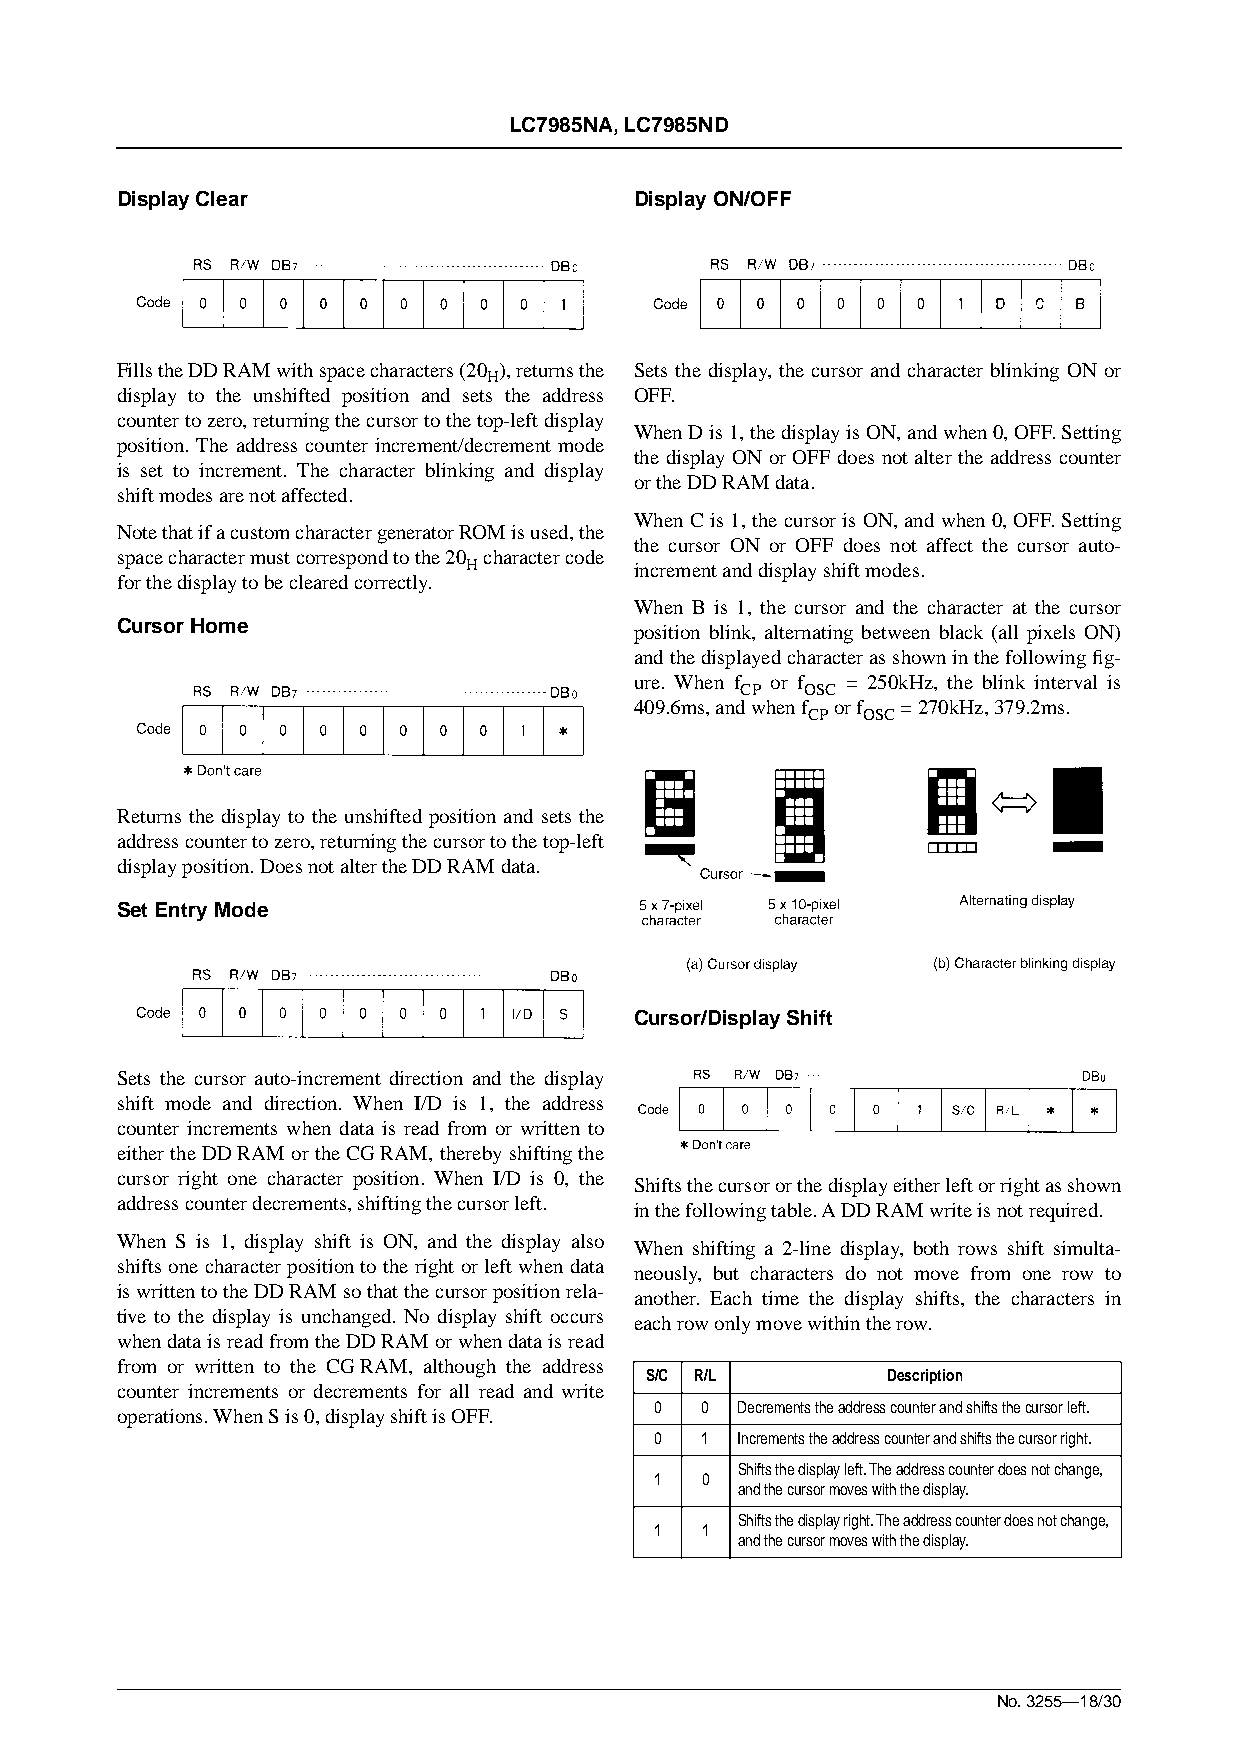
LC7985NA, LC7985ND
 Display Clear                     Display ON/OFF
 Fills the DD RAM with space characters (20 ), returns the Sets the display, the cursor and character blinking ON or
 H
 display to the unshifted position and sets the address OFF.
 counter to zero, returning the cursor to the top-left display
 When D is 1, the display is ON, and when 0, OFF. Setting
 position. The address counter increment/decrement mode
 the display ON or OFF does not alter the address counter
 is set to increment. The character blinking and display
 or the DD RAM data.
 shift modes are not affected.
 When C is 1, the cursor is ON, and when 0, OFF. Setting
 Note that if a custom character generator ROM is used, the
 the cursor ON or OFF does not affect the cursor auto-
 space character must correspond to the 20 character code
 H          increment and display shift modes.
 for the display to be cleared correctly.
 When B is 1, the cursor and the character at the cursor
 Cursor Home
 position blink, alternating between black (all pixels ON)
 and the displayed character as shown in the following fig-
 ure. When f or f = 250kHz, the blink interval is
 CP  OSC
 409.6ms, and when f or f = 270kHz, 379.2ms.
 CP  OSC
 Returns the display to the unshifted position and sets the
 address counter to zero, returning the cursor to the top-left
 display position. Does not alter the DD RAM data.
 Set Entry Mode
 Cursor/Display Shift
 Sets the cursor auto-increment direction and the display
 shift mode and direction. When I/D is 1, the address
 counter increments when data is read from or written to
 either the DD RAM or the CG RAM, thereby shifting the
 cursor right one character position. When I/D is 0, the
 Shifts the cursor or the display either left or right as shown
 address counter decrements, shifting the cursor left.
 in the following table. A DD RAM write is not required.
 When S is 1, display shift is ON, and the display also
 When shifting a 2-line display, both rows shift simulta-
 shifts one character position to the right or left when data
 neously, but characters do not move from one row to
 is written to the DD RAM so that the cursor position rela-
 another. Each time the display shifts, the characters in
 tive to the display is unchanged. No display shift occurs
 each row only move within the row.
 when data is read from the DD RAM or when data is read
 from or written to the CG RAM, although the address
 S/C R/L         Description
 counter increments or decrements for all read and write
 0  0  Decrements the address counter and shifts the cursor left.
 operations. When S is 0, display shift is OFF.
 0  1  Increments the address counter and shifts the cursor right.
 Shifts the display left. The address counter does not change,
 1  0
 and the cursor moves with the display.
 Shifts the display right. The address counter does not change,
 1  1
 and the cursor moves with the display.
 No. 3255—18/30